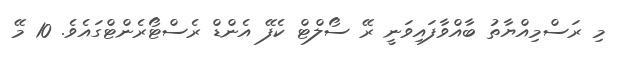
މި ރަސްމިއްޔާތު ބާއްވާފައިވަނީ ރޭ ސޯލްޓް ކެފޭ އެންޑް ރެސްޓޯރެންޓްގައެވެ. 10 މޭ